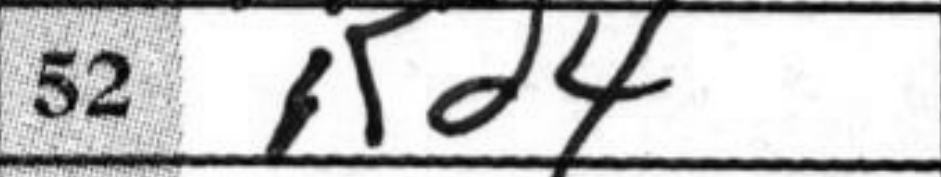
Transcription: Kd4